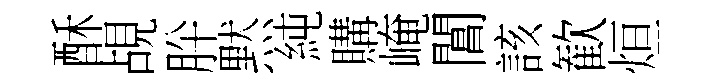
酥覘肸黙純購崦閶該歓烜